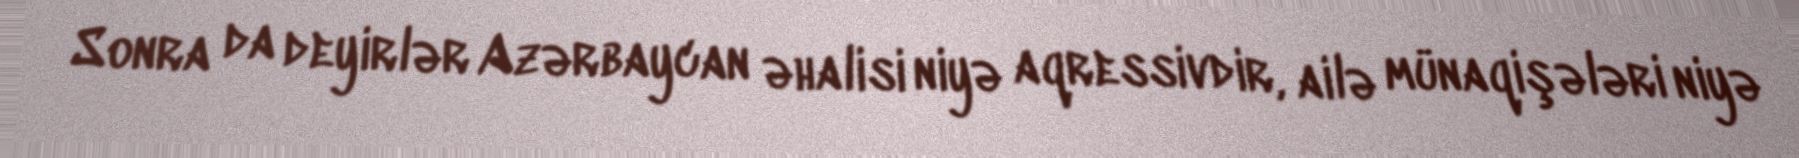
Sonra da deyirlər Azərbaycan əhalisi niyə aqressivdir, ailə münaqişələri niyə